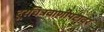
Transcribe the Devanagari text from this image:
दूरचित्रवाणीपटावर